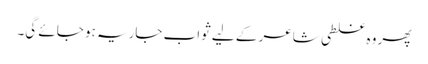
پھر وہ غلطی شاعر کے لیے ثوابِ جاریہ ہو جائے گی۔